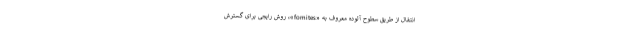
انتقال از طریق سطوح آلوده معروف به «fomites»، روش رایجی برای گسترش